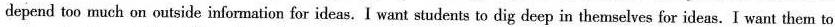
depend too much on outside information for ideas.I want students to dig deep in themselves for ideas.I want them to